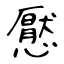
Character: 懕